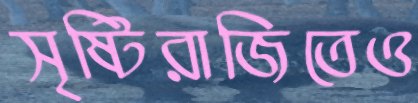
সৃষ্টিরাজিতেও